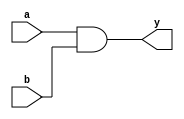
`timescale 1ns / 1ps
//////////////////////////////////////////////////////////////////////////////////
// Company: 
// Engineer: 
// 
// Design Name: 
// Module Name:    and_1 
// Project Name: 
// Target Devices: 
// Tool versions: 
// Description: 
//
// Dependencies: 
//
// Revision: 
// Revision 0.01 - File Created
// Additional Comments: 
//
//////////////////////////////////////////////////////////////////////////////////
module and_1(
    input a,
    input b,
    output y
    );

and(y,a,b);
endmodule